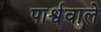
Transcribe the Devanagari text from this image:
पार्श्ववाले